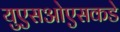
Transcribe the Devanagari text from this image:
युएसओएसकडे